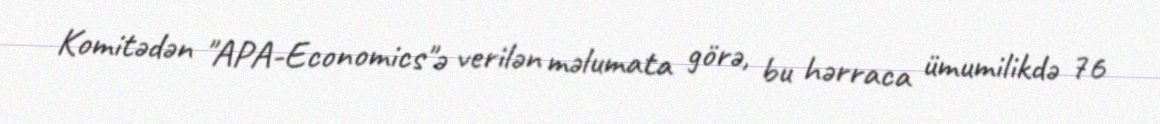
Komitədən "APA-Economics"ə verilən məlumata görə, bu hərraca ümumilikdə 76